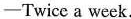
—Twice a week.